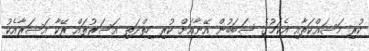
ކުރި މަސައްކަތާއި އެކަމުގެ ސަބަބުން އޭނާއަށް ކުރި ހިތްދަތި އަސަރުތައް ރޭކާ އަސަރާއެކު